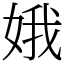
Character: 娥